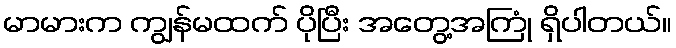
မာမားက ကျွန်မထက် ပိုပြီး အတွေ့အကြုံ ရှိပါတယ်။